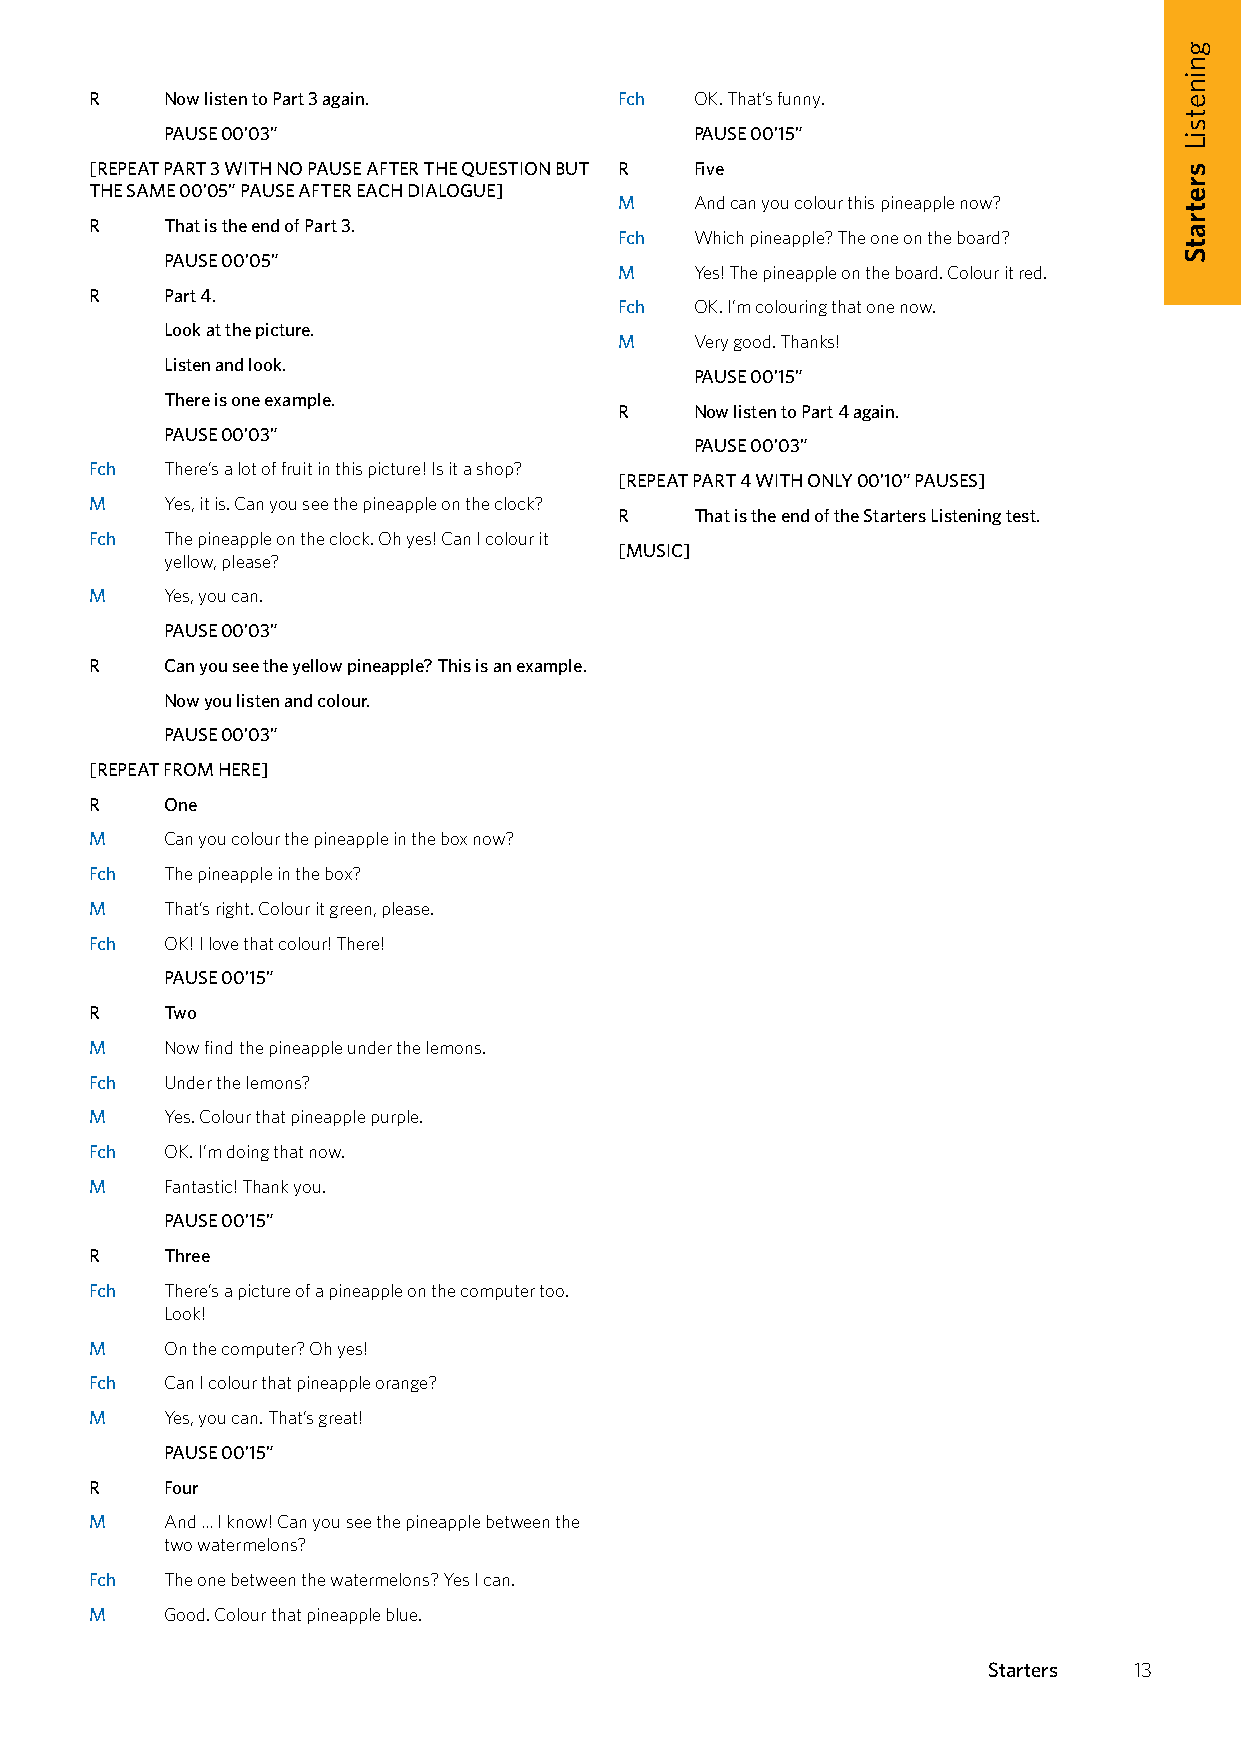
R    Now listen to Part 3 again.   Fch  OK. That’s funny.
 PAUSE 00’03”                       PAUSE 00’15”
 [REPEAT PART 3 WITH NO PAUSE AFTER THE QUESTION BUT R Five
 THE SAME 00’05” PAUSE AFTER EACH DIALOGUE]
 M    And can you colour this pineapple now?
 R    That is the end of Part 3.
 Fch  Which pineapple? The one on the board?
 PAUSE 00’05”
 M    Yes! The pineapple on the board. Colour it red.
 R    Part 4.
 Fch  OK. I’m colouring that one now.
 Look at the picture.
 M    Very good. Thanks!
 Listen and look.
 PAUSE 00’15”
 There is one example.
 R    Now listen to Part 4 again.
 PAUSE 00’03”
 PAUSE 00’03”
 Fch  There’s a lot of fruit in this picture! Is it a shop?
 [REPEAT PART 4 WITH ONLY 00’10” PAUSES]
 M    Yes, it is. Can you see the pineapple on the clock?
 R    That is the end of the Starters Listening test.
 Fch  The pineapple on the clock. Oh yes! Can I colour it
 [MUSIC]
 yellow, please?
 M    Yes, you can.
 PAUSE 00’03”
 R    Can you see the yellow pineapple? This is an example.
 Now you listen and colour.
 PAUSE 00’03”
 [REPEAT FROM HERE]
 R    One
 M    Can you colour the pineapple in the box now?
 Fch  The pineapple in the box?
 M    That’s right. Colour it green, please.
 Fch  OK! I love that colour! There!
 PAUSE 00’15”
 R    Two
 M    Now find the pineapple under the lemons.
 Fch  Under the lemons?
 M    Yes. Colour that pineapple purple.
 Fch  OK. I’m doing that now.
 M    Fantastic! Thank you.
 PAUSE 00’15”
 R    Three
 Fch  There’s a picture of a pineapple on the computer too.
 Look!
 M    On the computer? Oh yes!
 Fch  Can I colour that pineapple orange?
 M    Yes, you can. That’s great!
 PAUSE 00’15”
 R    Four
 M    And … I know! Can you see the pineapple between the
 two watermelons?
 Fch  The one between the watermelons? Yes I can.
 M    Good. Colour that pineapple blue.
 Starters  13
 gninetsiL
 sretratS